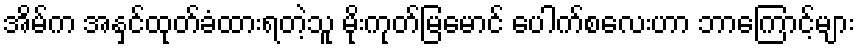
အိမ်က အနှင်ထုတ်ခံထားရတဲ့သူ မိုးကုတ်မြမောင် ပေါက်စလေးဟာ ဘာကြောင့်များ